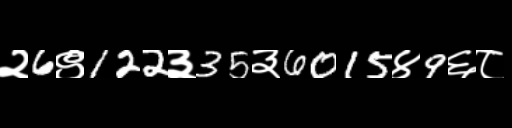
Text: २6९122३35३6015४9६८